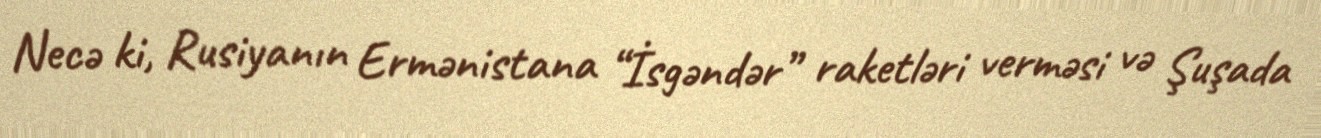
Necə ki, Rusiyanın Ermənistana “İsgəndər” raketləri verməsi və Şuşada